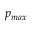
p _ { m a x }